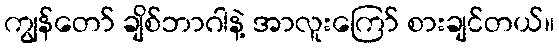
ကျွန်တော် ချိစ်ဘာဂါနဲ့ အာလူးကြော် စားချင်တယ်။